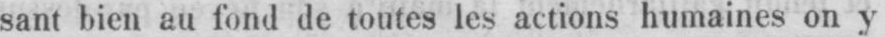
sant bien au fond de toutes les actions humaines on y